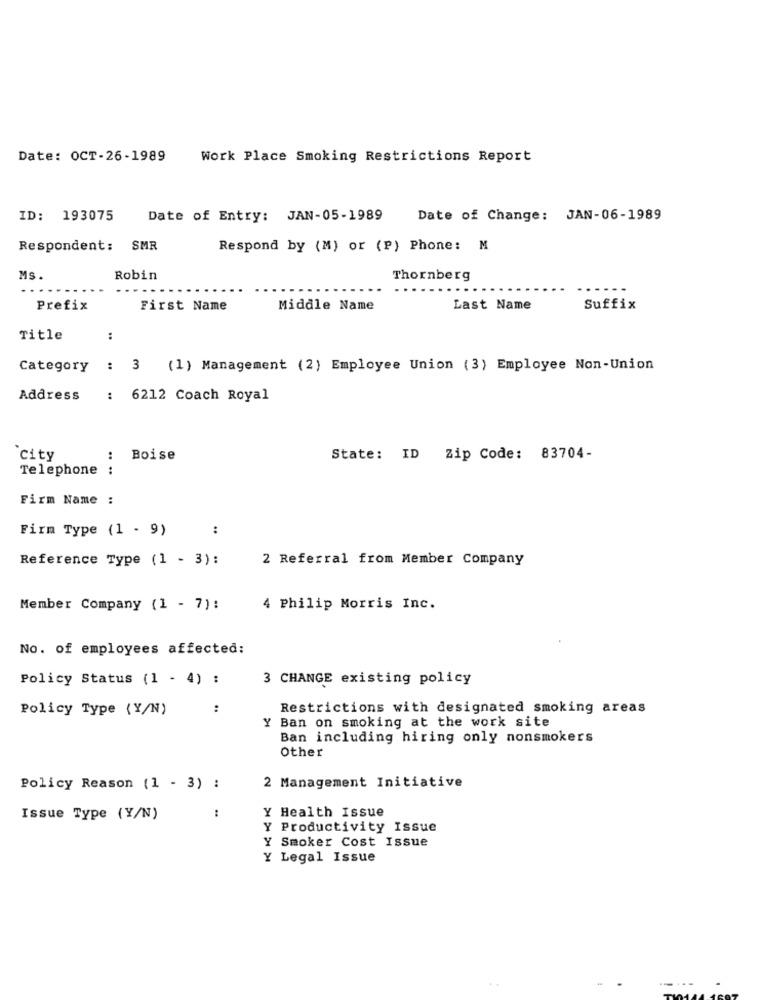
Date: OCT-26-1989
Work Place Smoking Restrictions Report
ID: 193075
Date of Entry: JAN-05-1989
Date of Change: JAN-06-1989
Respondent: SMR
Respond by (M) or (P) Phone: M
Ms.
Robin
Thornberg
Prefix
First Name
Middle Name
Last Name
Suffix
Title
:
Category : 3 (1) Management (2) Employee Union (3) Employee Non-Union
Address
: 6212 Coach Royal
city
:
Boise
State: ID Zip Code: 83704-
Telephone
:
Firm Name :
Firm Type (1 - 9)
:
Reference Type (1 - 3):
2 Referral from Member Company
Member Company (1 - 7):
4 Philip Morris Inc.
No. of employees affected:
Policy Status (1 - 4) :
3 CHANGE existing policy
Policy Type (Y/N)
Restrictions with designated smoking areas
Y Ban on smoking at the work site
Ban including hiring only nonsmokers
Other
Policy Reason (1 - 3) :
2 Management Initiative
:
Issue Type (Y/N)
Y Health Issue
Y Productivity Issue
Y Smoker Cost Issue
Y Legal Issue